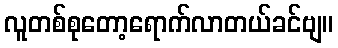
လူတစ်စုတော့ရောက်လာတယ်ခင်ဗျ။